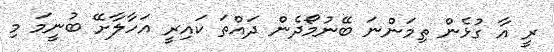
ރީ އާ ގުޅެން ތިމަންނަ ބޭނުމޯދެން ދައްތަ ކައިރީ އަހާލާށޭ ބުނީމަ މި